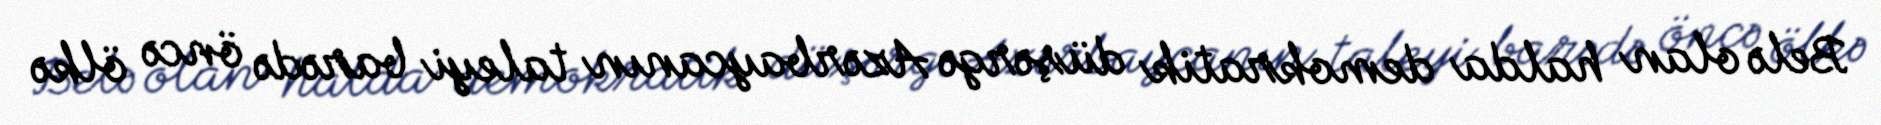
Belə olan halda demokratik düşərgə Azərbaycanın taleyi barədə öncə ölkə